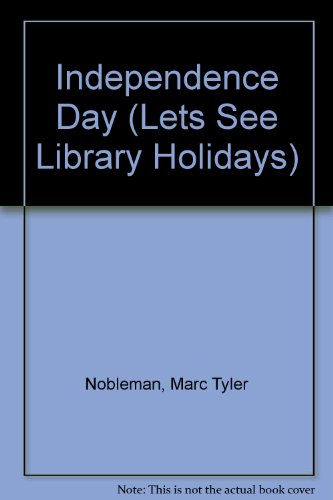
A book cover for Independence Day (Let's See Library - Holidays series); Nobleman; Children's Books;